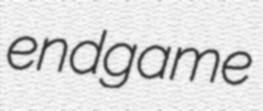
endgame